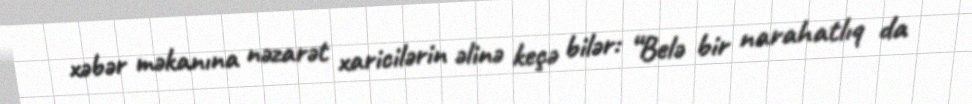
xəbər məkanına nəzarət xaricilərin əlinə keçə bilər: “Belə bir narahatlıq da